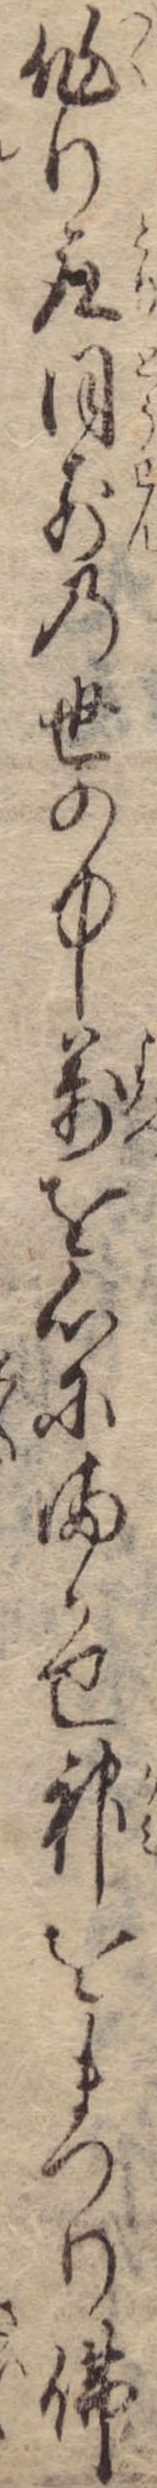
作り取同前の世の中万を心にまかせ神をまつり仏